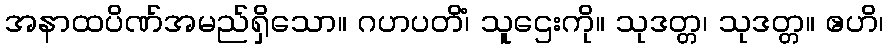
အနာထပိဏ်အမည်ရှိသော။ ဂဟပတိံ၊ သူဌေးကို။ သုဒတ္တ၊ သုဒတ္တ။ ဧဟိ၊